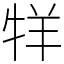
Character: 䍧